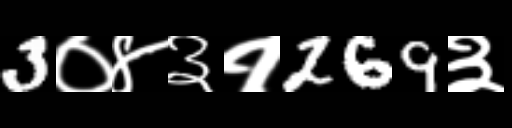
Text: 3०४३१269३